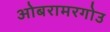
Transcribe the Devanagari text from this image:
ओबरामरगोउ